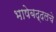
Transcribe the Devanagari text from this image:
भाषेबद्दलचे